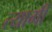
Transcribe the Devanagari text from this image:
त्यागीं